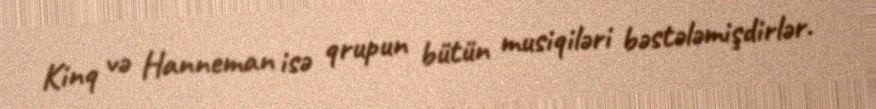
Kinq və Hanneman isə qrupun bütün musiqiləri bəstələmişdirlər.